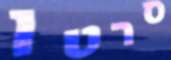
סרטן